Indian journal of veterinary science and animal husbandry - Volume 9,
Year: 1939
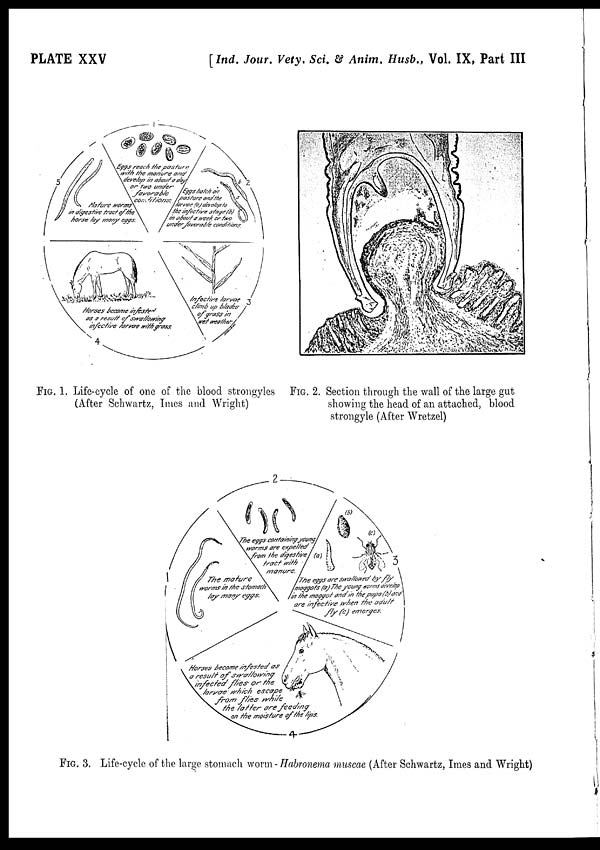
PLATE XXV
[ Ind. Jour. Vety. Sci. & Anim. Husb., Vol. IX, Part III
FIG. 1. Life-cycle of one of the blood strongyles
(After Schwartz, Imes and Wright)
FIG. 2. Section through the wall of the large gut
showing the head of an attached, blood
strongyle (After Wretzel)
FIG. 3. Life-cycle of the large stomach worm - Habronema muscae (After Schwartz, Imes and Wright)